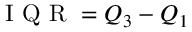
\mathrm { ~ I ~ Q ~ R ~ } = Q _ { 3 } - Q _ { 1 }